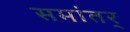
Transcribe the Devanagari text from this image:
समांतर्